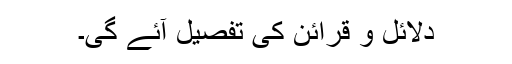
دلائل و قرائن کی تفصیل آئے گی۔